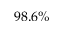
9 8 . 6 \%